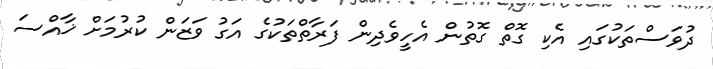
ދުވަސްތަކުގައި އެކި ގޮތް ގޮތުން އެހީވެދިން ފަރާތްތަކުގެ އަގު ވަޒަން ކުރުމަށް ޚާއްސަ